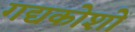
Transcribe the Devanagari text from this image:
गद्यकोशों